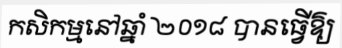
កសិកម្មនៅឆ្នាំ ២០១៨ បានធ្វើឱ្យ